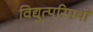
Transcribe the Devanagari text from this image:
विद्युत्परिपथों